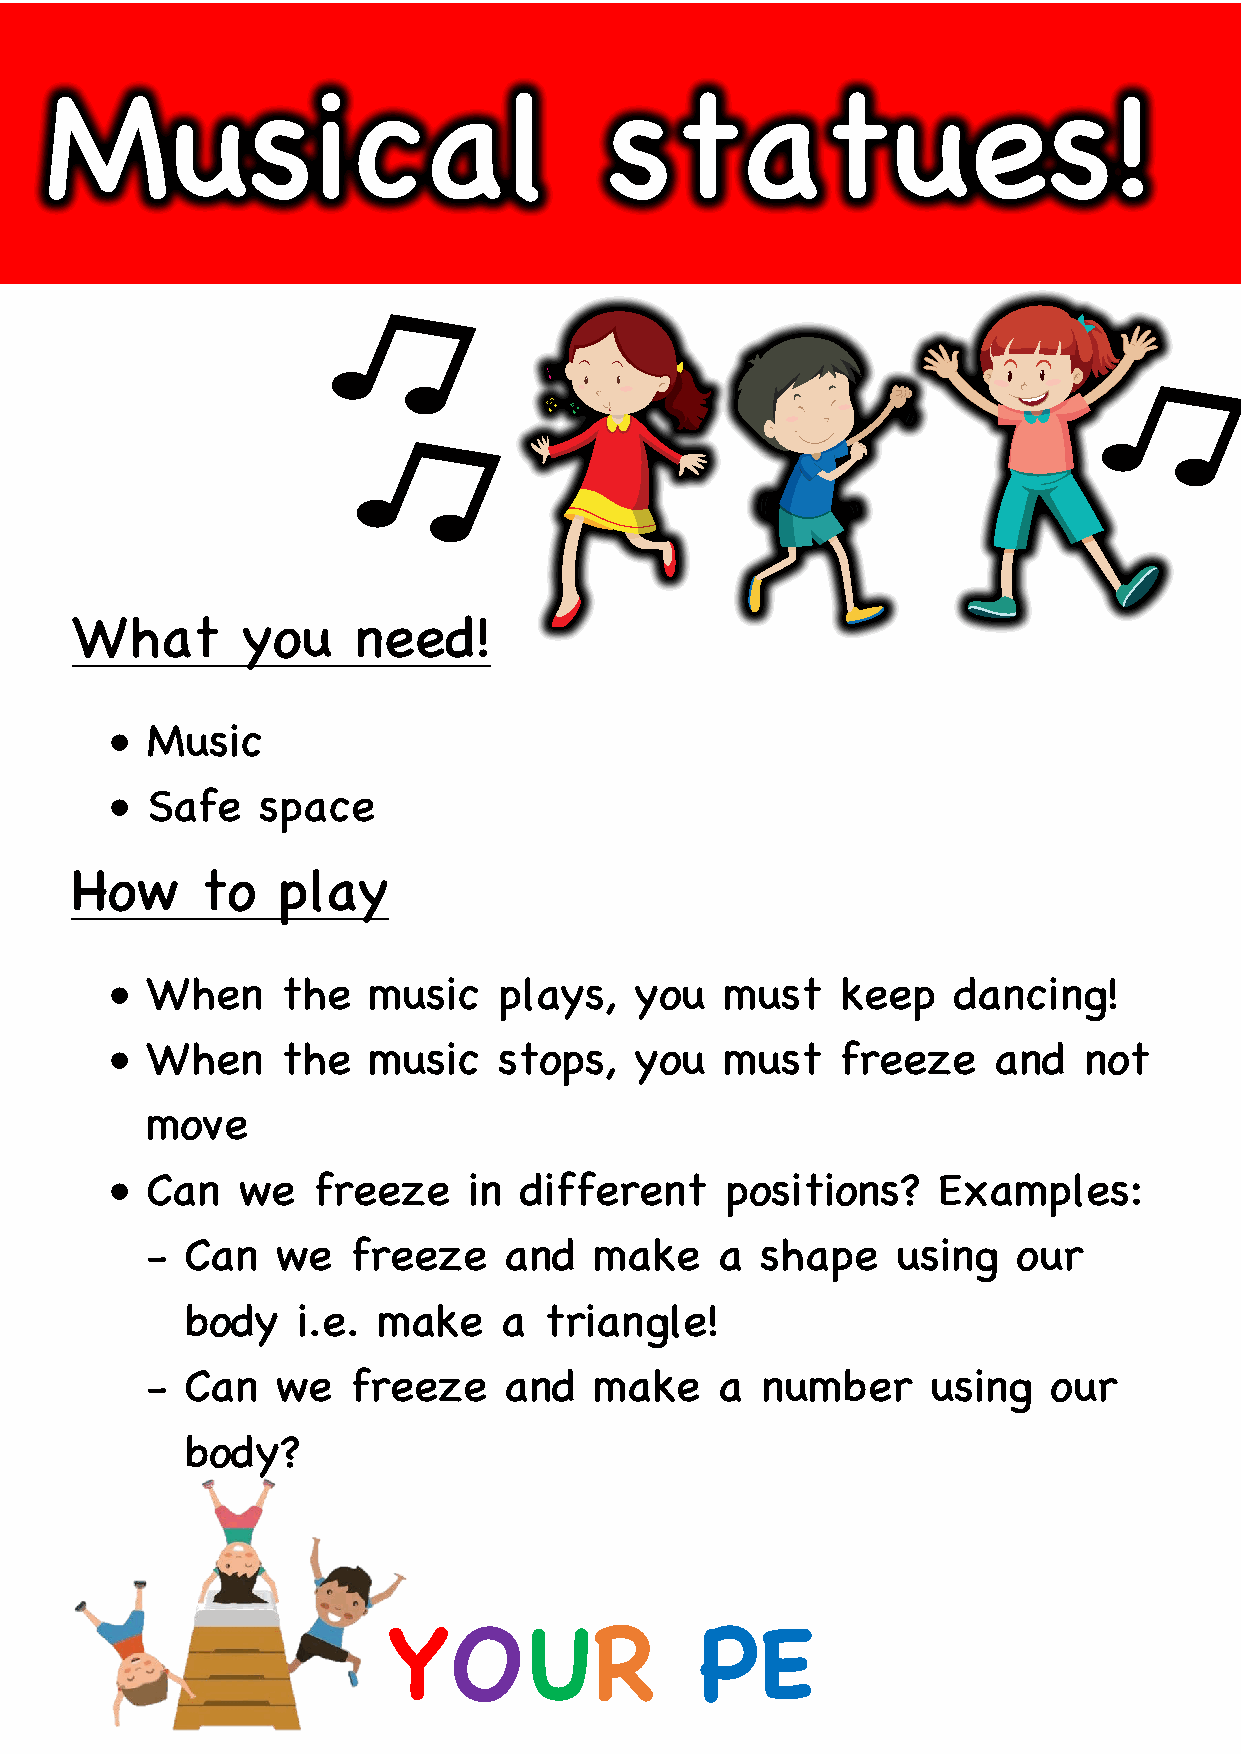
Musical                              statues!
 What       you    need!
 •  Music
 •  Safe   space
 How     to   play
 •  When     the  music    plays,   you   must    keep   dancing!
 •  When     the  music    stops,   you   must    freeze    and   not
 move
 •  Can   we   freeze    in different     positions?    Examples:
 - Can   we   freeze    and   make     a shape    using   our
 body    i.e. make    a  triangle!
 - Can   we   freeze    and   make     a number      using  our
 body?
 YOUR                PE